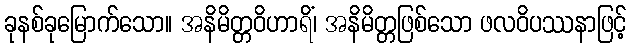
ခုနစ်ခုမြောက်သော။ အနိမိတ္တဝိဟာရိံ၊ အနိမိတ္တဖြစ်သော ဖလဝိပဿနာဖြင့်